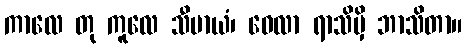
ကာလေ တု ကူလေ သီမာယံ၊ ဝေလာ ရာသိမှိ ဘာသိတာ။